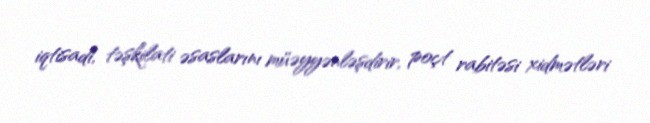
iqtisadi, təşkilati əsaslarını müəyyənləşdirir, poçt rabitəsi xidmətləri